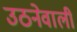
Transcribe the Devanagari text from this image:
उठनेवाली